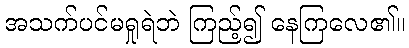
အသက်ပင်မရှုရဲဘဲ ကြည့်၍ နေကြလေ၏။